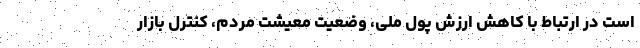
است در ارتباط با کاهش ارزش پول ملی، وضعیت معیشت مردم، کنترل بازار